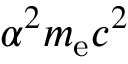
\alpha ^ { 2 } m _ { \mathrm { e } } c ^ { 2 }